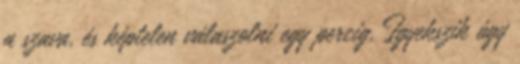
a szava, és képtelen válaszolni egy percig. Igyekszik úgy